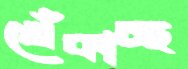
খেঁকাচ্ছ